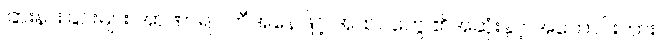
ခြားနားခြင်းများ အာဏာရပါတီအနေဖြင့် အထင်တွေ ၏အဆုံးနှင့် အကောင်းကား